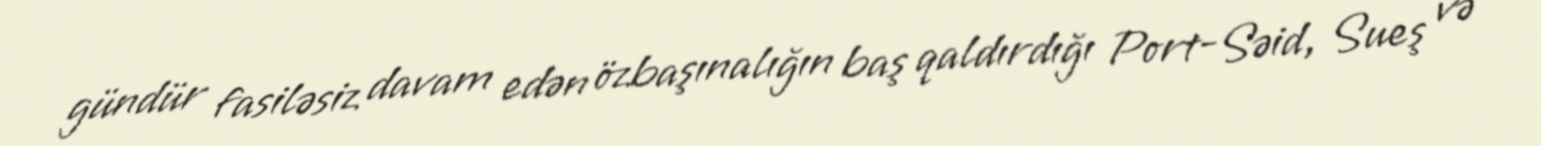
gündür fasiləsiz davam edən özbaşınalığın baş qaldırdığı Port-Səid, Sueş və